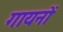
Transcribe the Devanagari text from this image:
गायनों